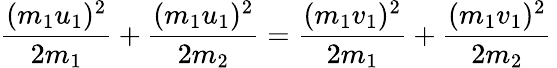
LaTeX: {\frac{(m_{1}u_{1})^{2}}{2m_{1}}}+{\frac{(m_{1}u_{1})^{2}}{2m_{2}}}={\frac{(m_{1}v_{1})^{2}}{2m_{1}}}+{\frac{(m_{1}v_{1})^{2}}{2m_{2}}}\,